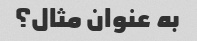
به عنوان مثال؟